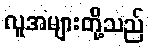
လူအများတို့သည်